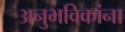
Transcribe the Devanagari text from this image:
अनुभविकांना